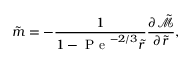
\tilde { m } = - \frac { 1 } { 1 - \mathrm { ~ P ~ e ~ } ^ { - 2 / 3 } \tilde { r } } \frac { \partial \tilde { \mathcal { M } } } { \partial \tilde { r } } ,